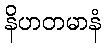
နိဟတမာနံ